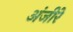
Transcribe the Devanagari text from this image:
अंजीरे